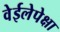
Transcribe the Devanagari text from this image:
वेईलेपेक्षा